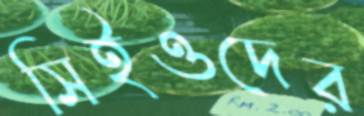
সিইওদের